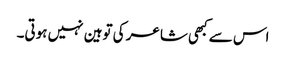
اس سے کبھی شاعر کی توہین نہیں ہوتی۔